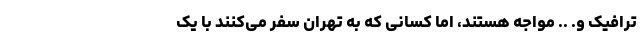
ترافیک و. .. مواجه هستند، اما کسانی که به تهران سفر می‌کنند با یک